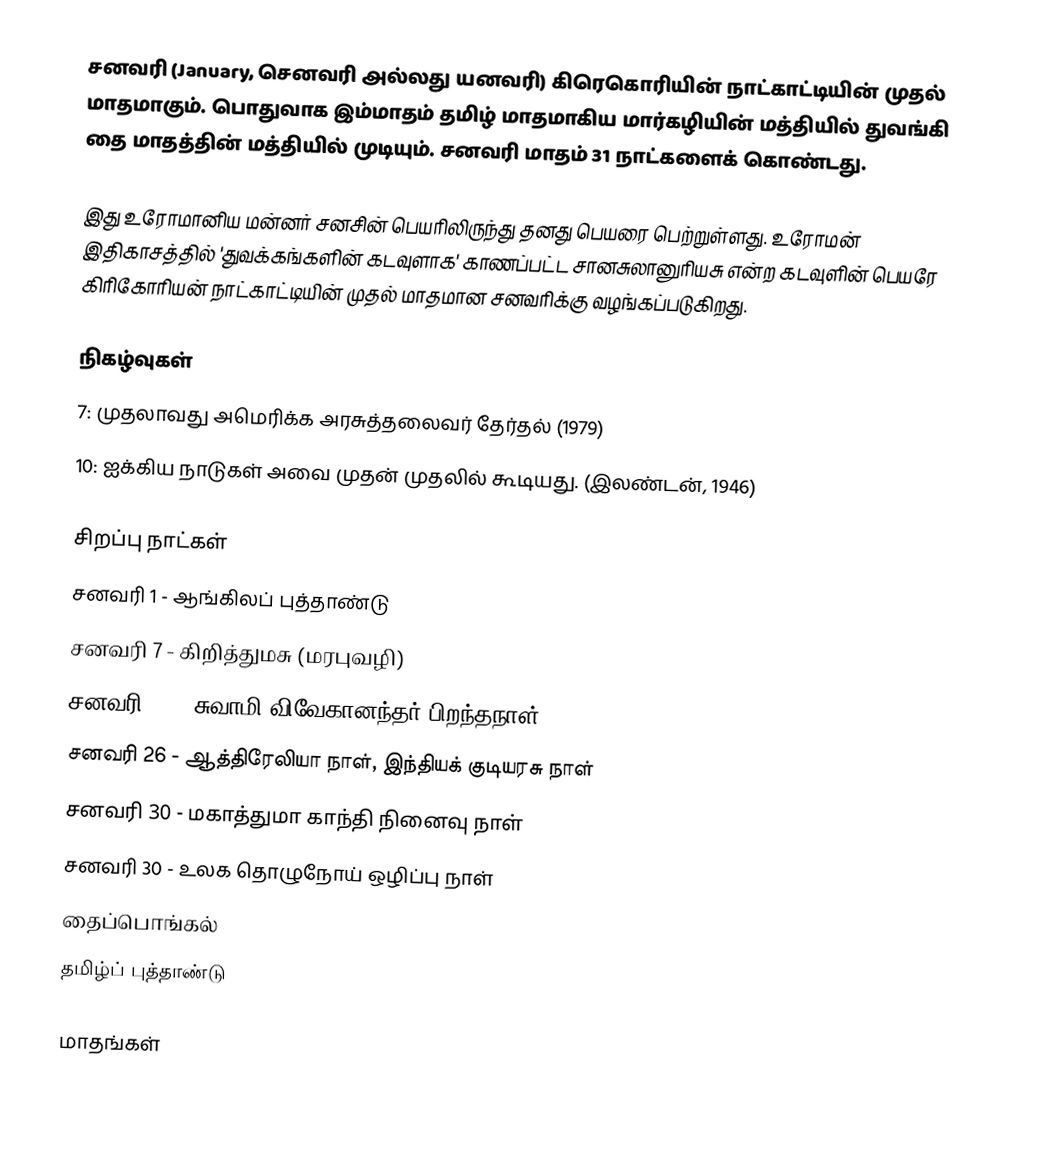
சனவரி (January, செனவரி அல்லது யனவரி) கிரெகொரியின் நாட்காட்டியின் முதல் மாதமாகும். பொதுவாக இம்மாதம் தமிழ் மாதமாகிய மார்கழியின் மத்தியில் துவங்கி தை மாதத்தின் மத்தியில் முடியும். சனவரி மாதம் 31 நாட்களைக் கொண்டது.

இது உரோமானிய மன்னர் சனசின் பெயரிலிருந்து தனது பெயரை பெற்றுள்ளது. உரோமன் இதிகாசத்தில் 'துவக்கங்களின் கடவுளாக' காணப்பட்ட சானசுலானுரியசு என்ற கடவுளின் பெயரே கிரிகோரியன் நாட்காட்டியின் முதல் மாதமான சனவரிக்கு வழங்கப்படுகிறது.

நிகழ்வுகள்
 7: முதலாவது அமெரிக்க அரசுத்தலைவர் தேர்தல் (1979)
 10: ஐக்கிய நாடுகள் அவை முதன் முதலில் கூடியது. (இலண்டன், 1946)

சிறப்பு நாட்கள்
 சனவரி 1 - ஆங்கிலப் புத்தாண்டு
 சனவரி 7 - கிறித்துமசு (மரபுவழி)
 சனவரி 12 - சுவாமி விவேகானந்தர் பிறந்தநாள்
 சனவரி 26 - ஆத்திரேலியா நாள், இந்தியக் குடியரசு நாள்
 சனவரி 30 - மகாத்துமா காந்தி நினைவு நாள்
 சனவரி 30 - உலக தொழுநோய் ஒழிப்பு நாள்
 தைப்பொங்கல்
 தமிழ்ப் புத்தாண்டு

மாதங்கள்